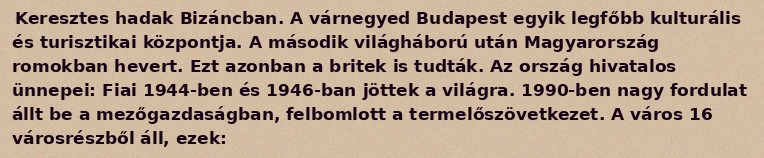
Keresztes hadak Bizáncban. A várnegyed Budapest egyik legfőbb kulturális és turisztikai központja. A második világháború után Magyarország romokban hevert. Ezt azonban a britek is tudták. Az ország hivatalos ünnepei: Fiai 1944-ben és 1946-ban jöttek a világra. 1990-ben nagy fordulat állt be a mezőgazdaságban, felbomlott a termelőszövetkezet. A város 16 városrészből áll, ezek: